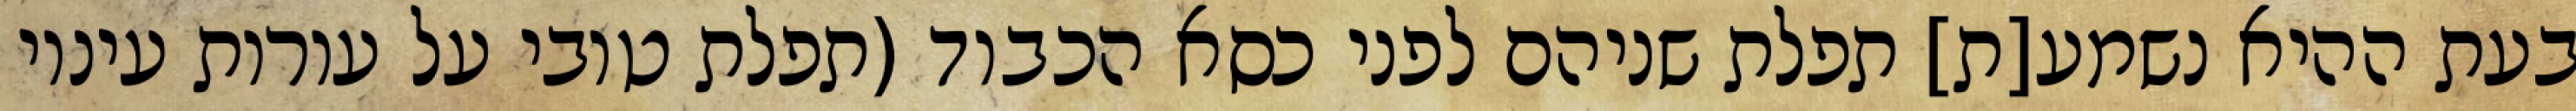
בעת ההיא נשמע[ת] תפלת שניהם לפני כסא הכבוד (תפלת טובי על עורות עיניו